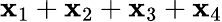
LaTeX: \mathbf{x}_{1}+\mathbf{x}_{2}+\mathbf{x}_{3}+\mathbf{x}_{4}